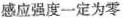
感应强度一定为零